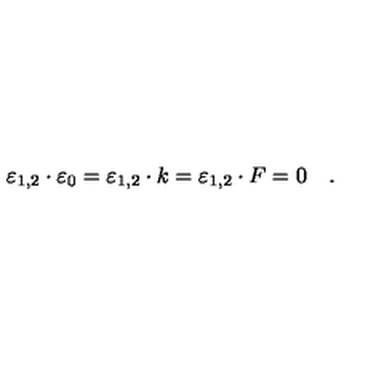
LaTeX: \varepsilon _ { 1 , 2 } \cdot \varepsilon _ { 0 } = \varepsilon _ { 1 , 2 } \cdot k = \varepsilon _ { 1 , 2 } \cdot F = 0 \quad .